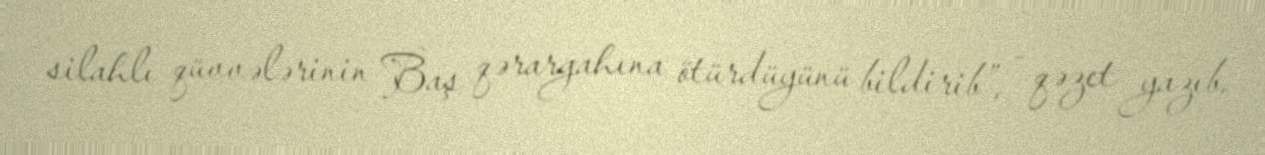
silahlı qüvvələrinin Baş qərargahına ötürdüyünü bildirib”, - qəzet yazıb.